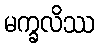
မက္ခလိဿ